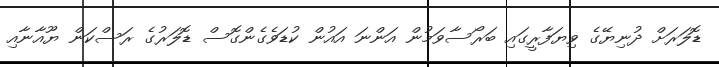
ޑޮލަރަށް ދުނިޔޭގެ ވިޔަފާރީގައި ބަރޯސާވަމުން އަންނަ އައުން ކުޑަވެގެންގޮސް ޑޮލަރުގެ ރަސްކަން ޔޫއާނާއި